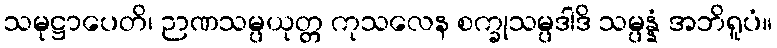
သမုဋ္ဌာပေတိ၊ ဉာဏသမ္ပယုတ္တ ကုသလေန စက္ခုသမ္ပဒါဒိ သမ္ပန္နံ အဘိရူပံ။